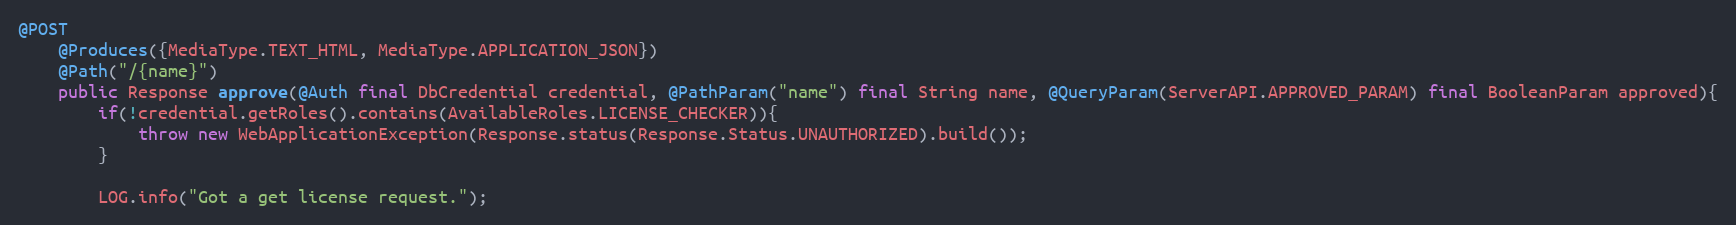
Language: Java
@POST
    @Produces({MediaType.TEXT_HTML, MediaType.APPLICATION_JSON})
    @Path("/{name}")
    public Response approve(@Auth final DbCredential credential, @PathParam("name") final String name, @QueryParam(ServerAPI.APPROVED_PARAM) final BooleanParam approved){
        if(!credential.getRoles().contains(AvailableRoles.LICENSE_CHECKER)){
            throw new WebApplicationException(Response.status(Response.Status.UNAUTHORIZED).build());
        }

        LOG.info("Got a get license request.");